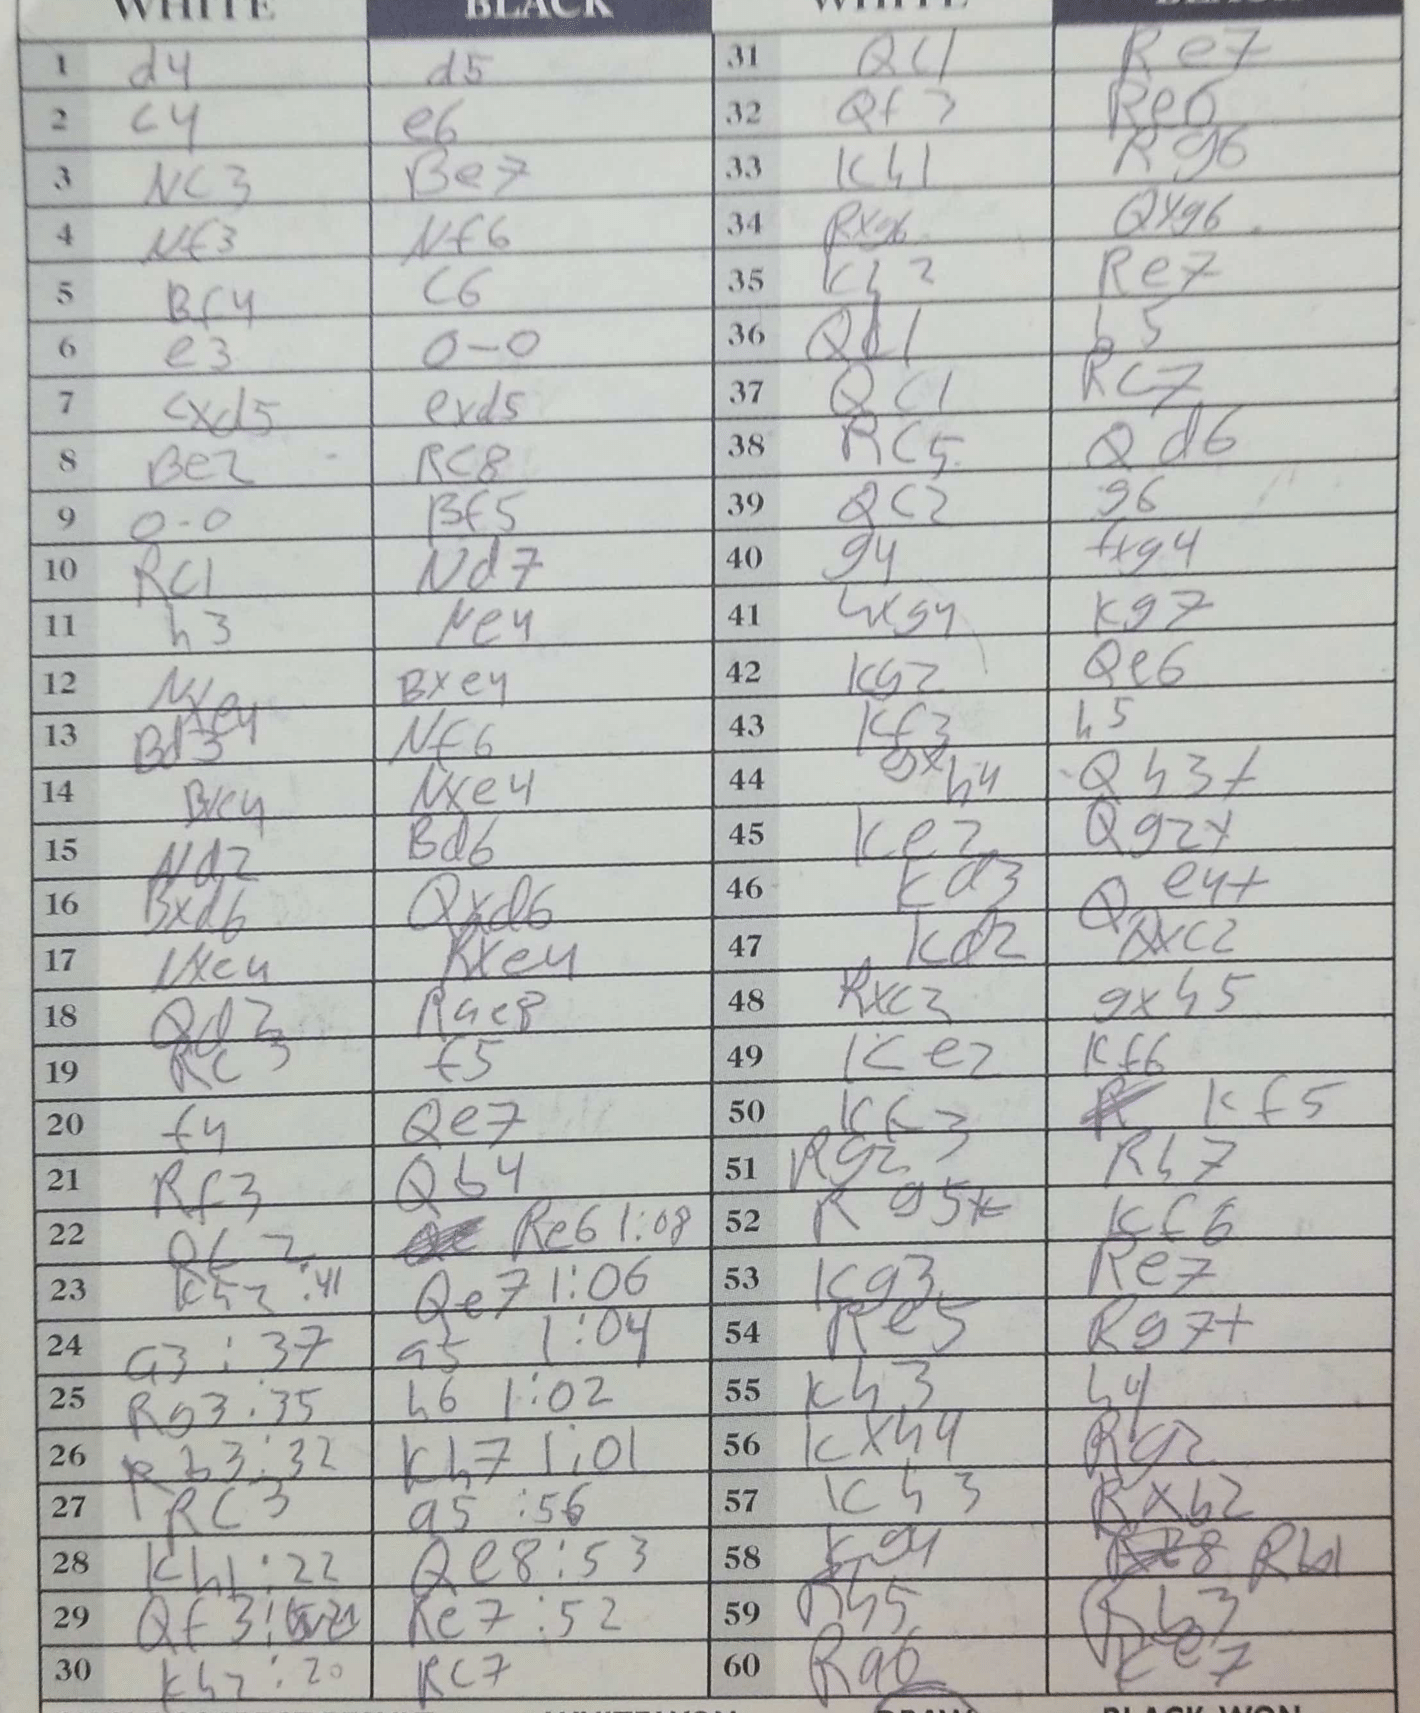
Moves: d4 d5 c4 e6 Nc3 Be7 Nf3 Nf6 Bf4 Nf6 e3 O-O cxd5 exd5 Be2 Rc8 O-O Bf5 Rc1 Nd7 h3 Ne4 Nxe4 Bxe4 Bd3 Nf6 Bxe4 Nxe4 Nd2 Bd6 Bxd6 Qxd6 Nxe4 Rxe4 Qd2 Rae8 Rc3 f5 f4 Qe7 Rf3 Qb4 Qf2 Re6 Kh2 Qe7 a3 a5 Rg3 h6 Rb3 Kh7 Rc3 a5 Kh1 Qe8 Qf3 Re7 Kh2 Rc7 Qc1 Re7 Qf3 Re6 Kh1 Rg6 Rxg6 Qxg6 Kh2 Re7 Qc1 b5 Qc1 Rc7 Rc5 Qd6 Qc2 g6 g4 fxg4 hxg4 Kg7 Kg2 Qe6 Kf3 h5 gxh4 Qh3+ Ke2 Qg2+ Kd3 Qe4+ Kd2 Qxc2 Rxc2 gxh5 Ke2 Kf6 Kh3 Kf5 Rg2 Rh7 Rg5+ Kf6 Kg3 Re7 Re5 Rg7+ Kh3 h4 Kxh4 Rg2 Kh3 Rxb2 Kg4 Rb1 Rh5 Rb3 Ra2 Ke7